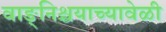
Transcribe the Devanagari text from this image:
वाङ्‌निश्चयाच्यावेळी